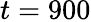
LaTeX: t=900